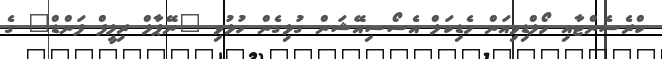
ކްރެސެންޓާއި މޯލްޑިވިއަން މެޑިކަލް އެސޯސިއޭޝަން ގުޅިގެން ހުޅުވި "ނޭޕާލް ރިލީފް ފަންޑް" ގެ